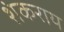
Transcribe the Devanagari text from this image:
शंकराय